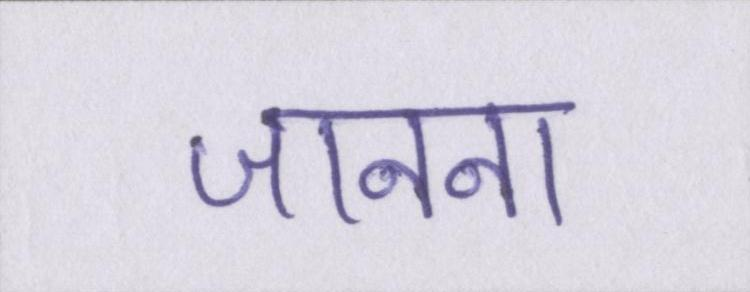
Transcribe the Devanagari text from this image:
जानना